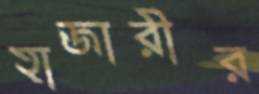
হাজারীর